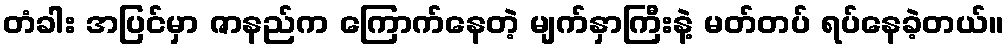
တံခါး အပြင်မှာ ဇာနည်က ကြောက်နေတဲ့ မျက်နှာကြီးနဲ့ မတ်တပ် ရပ်နေခဲ့တယ်။